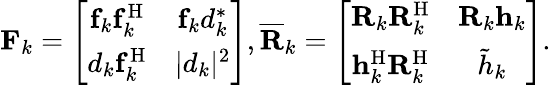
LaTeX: \begin{array}{r}{\mathbf{F}_{k}=\left[\begin{array}{cc}{\mathbf{f}_{k}\mathbf{f}_{k}^{\mathrm{H}}}&{\mathbf{f}_{k}d_{k}^{\ast}}\\ {d_{k}\mathbf{f}_{k}^{\mathrm{H}}}&{\vert d_{k}\vert^{2}}\end{array}\right],\mathbf{\overline{{R}}}_{k}=\left[\begin{array}{cc}{\mathbf{R}_{k}\mathbf{R}_{k}^{\mathrm{H}}}&{\mathbf{R}_{k}\mathbf{h}_{k}}\\ {\mathbf{h}_{k}^{\mathrm{H}}\mathbf{R}_{k}^{\mathrm{H}}}&{\tilde{h}_{k}}\end{array}\right].}\end{array}